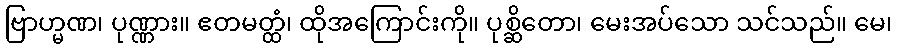
ဗြာဟ္မဏ၊ ပုဏ္ဏား။ ဧတမတ္ထံ၊ ထိုအကြောင်းကို။ ပုစ္ဆိတော၊ မေးအပ်သော သင်သည်။ မေ၊